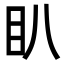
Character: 𭾘